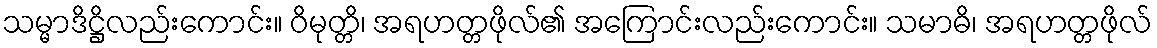
သမ္မာဒိဋ္ဌိလည်းကောင်း။ ဝိမုတ္တိ၊ အရဟတ္တဖိုလ်၏ အကြောင်းလည်းကောင်း။ သမာဓိ၊ အရဟတ္တဖိုလ်